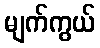
မျက်ကွယ်